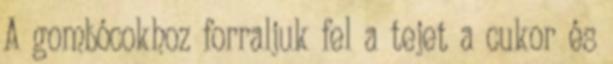
A gombócokhoz forraljuk fel a tejet a cukor és